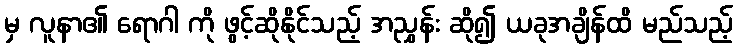
မှ လူနာ၏ ရောဂါ ကို ဖွင့်ဆိုနိုင်သည့် အညွှန်း ဆို၍ ယခုအချိန်ထိ မည်သည့်